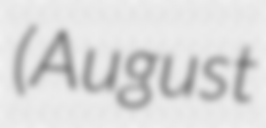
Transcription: (August